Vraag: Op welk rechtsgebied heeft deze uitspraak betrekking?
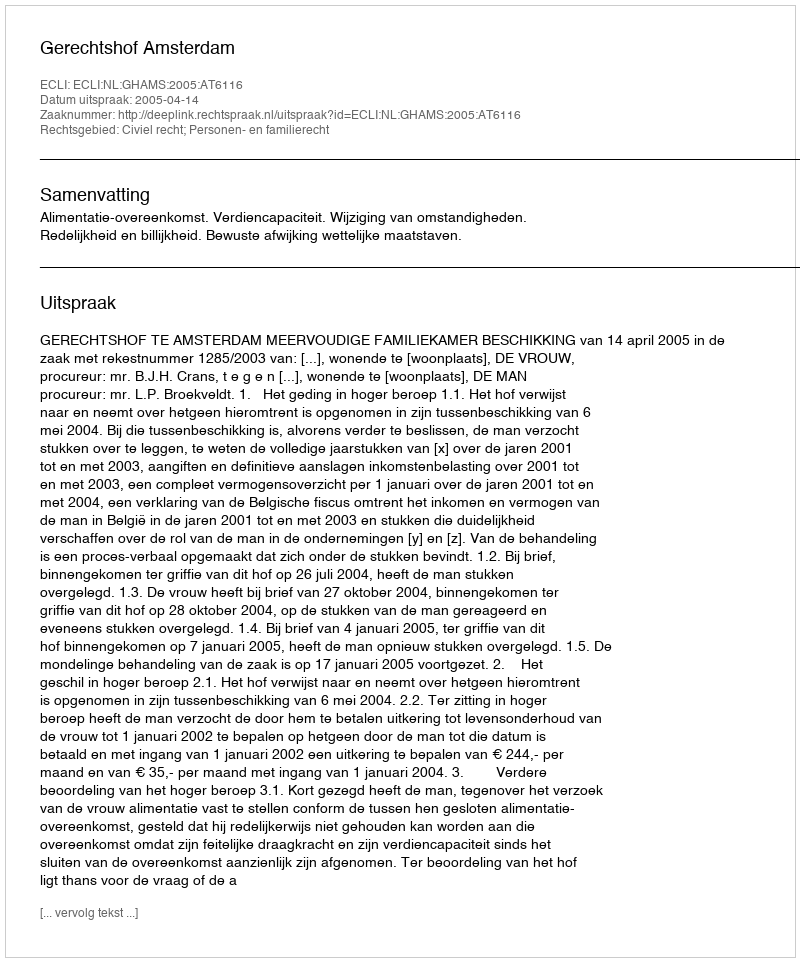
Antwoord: Civiel recht; Personen- en familierecht